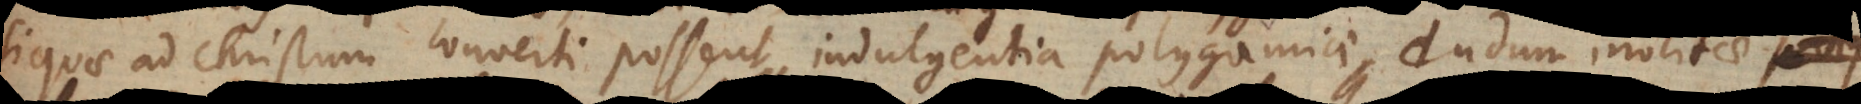
quae ad Christum converti possent indulgentia polygamiae dudum inolitae